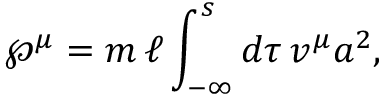
{ \wp } ^ { \mu } = m \, \ell \int _ { - \infty } ^ { s } d \tau \, v ^ { \mu } a ^ { 2 } ,